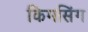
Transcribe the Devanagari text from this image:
किमसिंग